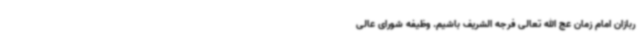
ربازان امام زمان عج الله تعالی فرجه الشریف باشیم. وظیفه شورای عالی